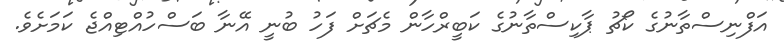
އަފްނިސްތާނުގެ ކޯޗު ޕާކިސްތާނުގެ ކަބީރްހާން މެޗަށް ފަހު ބުނީ އޭނާ ބަސްހުއްޓިއްޖެ ކަމަށެވެ.